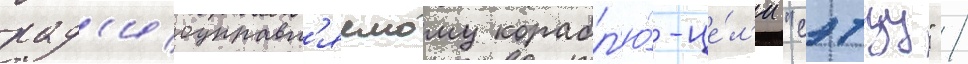
рад'иоуправл'яемому корабл'ю́-це́л'и "сэтцу" /